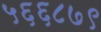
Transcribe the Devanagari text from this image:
५६६८७९